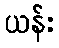
ယန်း